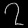
Digit: ၇